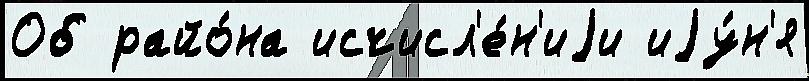
Об райо́на исчисл'е́н'иjи иjу́н'я